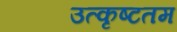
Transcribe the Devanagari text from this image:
उत्‍कृष्‍टतम